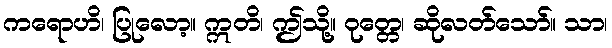
ကရောဟိ၊ ပြုလော့။ ဣတိ၊ ဤသို့။ ဝုတ္တေ၊ ဆိုလတ်သော်။ သာ၊